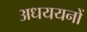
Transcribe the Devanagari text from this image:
अधययनों